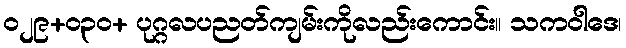
၀၂၉+၀၃၀+ ပုဂ္ဂလပညတ်ကျမ်းကိုလည်းကောင်း။ သကဝါဒေ၊